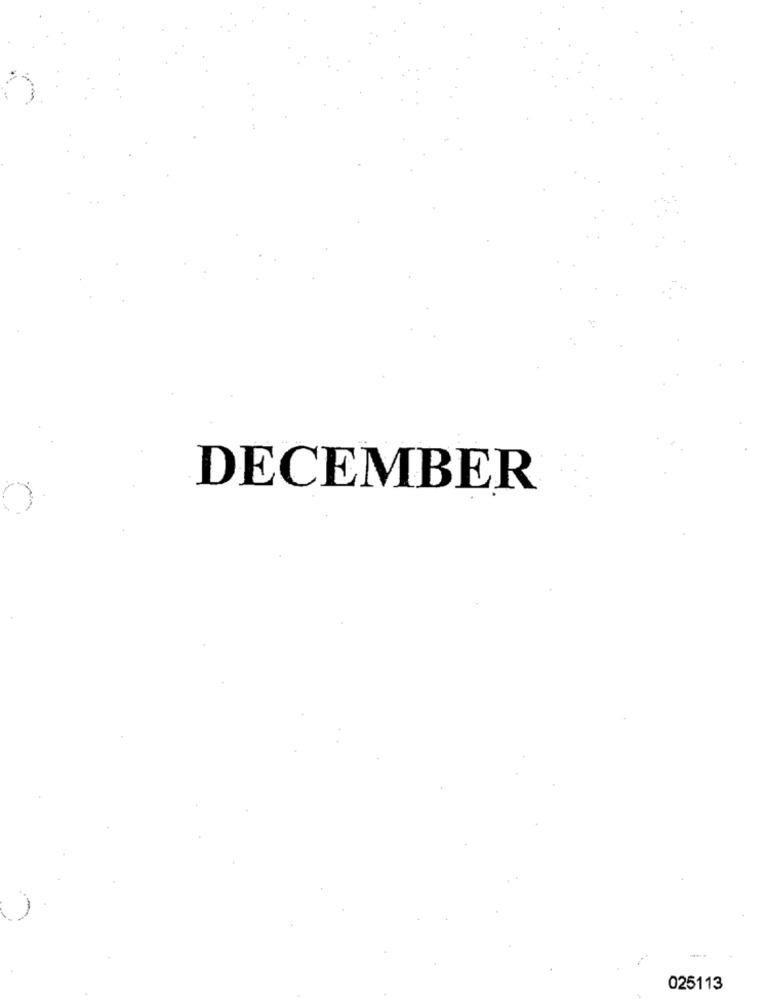
DECEMBER
025113